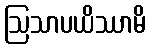
ဩသာပယိဿာမိ